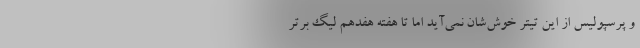
و پرسپولیس از این تیتر خوش‌شان نمی‌آید اما تا هفته هفدهم لیگ برتر